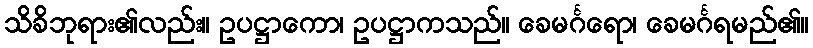
သိခိဘုရား၏လည်း။ ဥပဋ္ဌာကော၊ ဥပဋ္ဌာကသည်။ ခေမင်္ဂရော၊ ခေမင်္ဂရမည်၏။